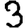
Digit: 3